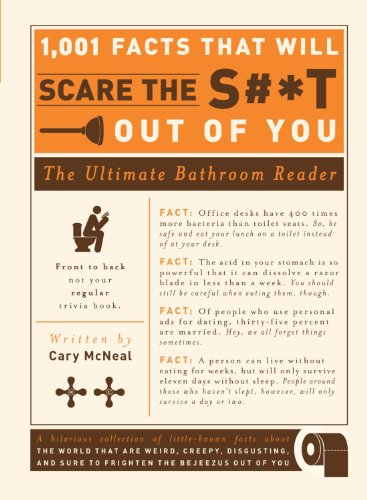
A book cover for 1,001 Facts that Will Scare the S#*t Out of You: The Ultimate Bathroom Reader; Cary McNeal; Humor & Entertainment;